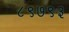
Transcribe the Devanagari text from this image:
८९७९३